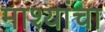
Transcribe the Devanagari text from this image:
माश्यांचा